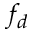
f _ { d }